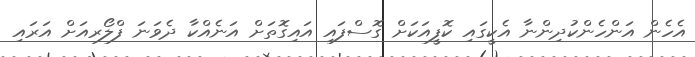
އެހެން އަންހެންކުދިންނާ އެކީގައި ކޮފީއަކަށް ގޮސްފައި އައިގޮތަށް އަނެއްކާ ދެވަނަ ފްލޯރއަށް އަރައި